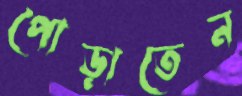
পোড়াতেন